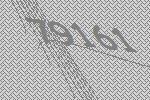
79161